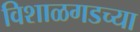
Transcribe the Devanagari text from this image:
विशाळगडच्या